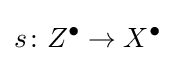
s\colon Z^{\bullet }\to X^{\bullet }